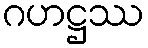
ဂဟဋ္ဌဿ